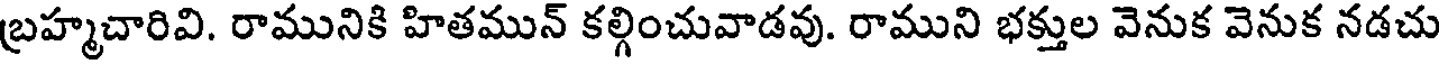
బ్రహ్మచారివి. రామునికి హితమున్ కల్గించువాడవు. రాముని భక్తుల వెనుక వెనుక నడచు